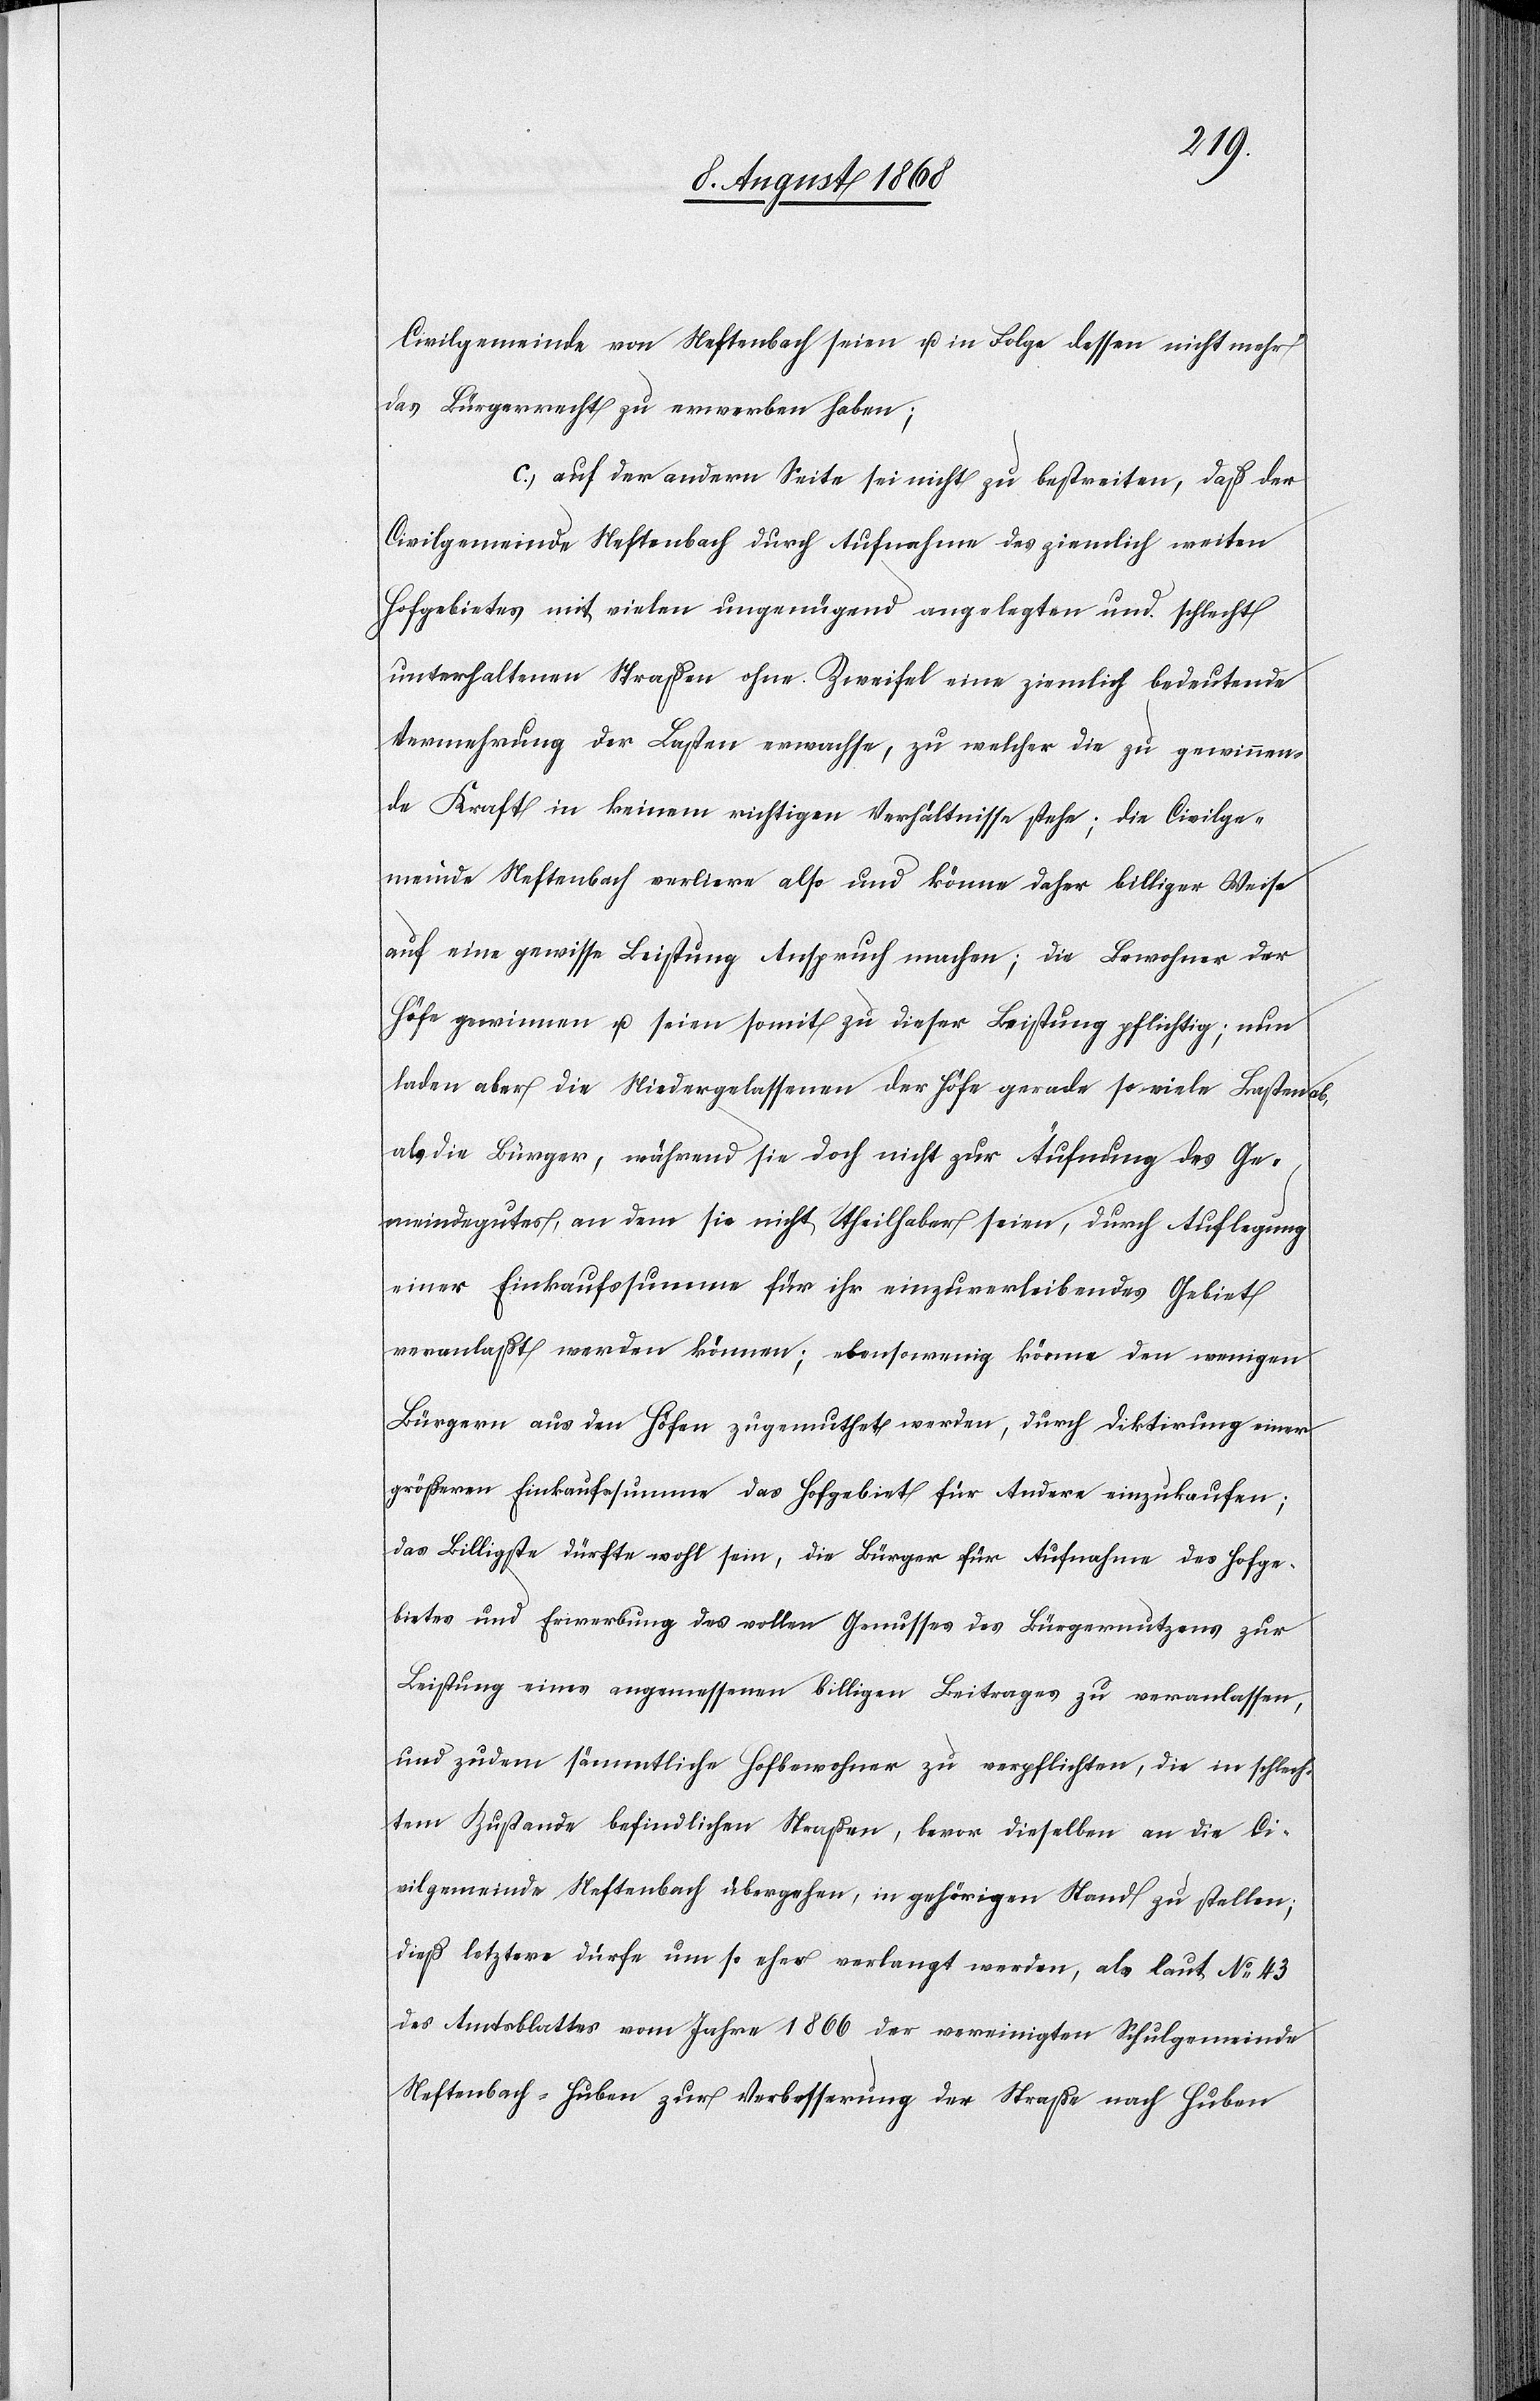
Civilgemeinde von Neftenbach seien u. in Folge dessen nicht mehr
das Bürgerrecht zu erwerben haben;
auf der andern Seite sei nicht zu bestreiten, daß der
Civilgemeinde Neftenbach durch Aufnahme des ziemlich weiten
Hofgebietes mit vielen ungenügend angelegten und schlecht
unterhaltenen Straßen ohne Zweifel eine ziemlich bedeutende
Vermehrung der Lasten erwachse, zu welcher die zu gewinnen¬
de Kraft in keinem richtigen Verhältnisse stehe; die Civilge¬
meinde Neftenbach verliere also und könne daher billiger Weise
auf eine gewisse Leistung Anspruch machen; die Bewohner der
Höfe gewinnen u. seien somit zu dieser Leistung pflichtig; nun
laden aber die Niedergelassenen der Höfe gerade so viele Lasten ab,
als die Bürger, während sie doch nicht zur Äufnung des Ge¬
meindegutes, an dem sie nicht Theilhaber seien, durch Auflegung
einer Einkaufssumme für ihr einzuverleibendes Gebiet
veranlaßt werden können; ebensowenig könne den wenigen
Bürgern aus den Höfen zugemuthet werden, durch Diktirung einer
größeren Einkaufssumme das Hofgebiet für Andere einzukaufen;
das Billigste dürfte wohl sein, die Bürger für Aufnahme des Hofge¬
bietes und Erwerbung des vollen Genusses des Bürgernutzens zur
Leistung eines angemessenen billigen Beitrages zu veranlassen,
und zudem sämmtliche Hofbewohner zu verpflichten, die in schlech¬
tem Zustande befindlichen Straßen, bevor dieselben an die Ci¬
vilgemeinde Neftenbach übergehen, in gehörigen Stand zu stellen;
dieß letztere dürfe um so eher verlangt werden, als laut No 43
des Amtsblattes vom Jahre 1866 der vereinigten Schulgemeinde
Neftenbach-Huben zur Verbesserung der Straße nach Huben